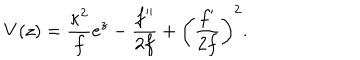
LaTeX: V ( z ) = \frac { { \kappa } ^ { 2 } } { f } e ^ { z } - \frac { f ^ { \prime \prime } } { 2 f } + \left( \frac { f ^ { \prime } } { 2 f } \right) ^ { 2 } .